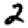
Digit: 2